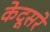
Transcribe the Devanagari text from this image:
केदूसरे